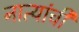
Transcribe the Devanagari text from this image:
नात्यांची